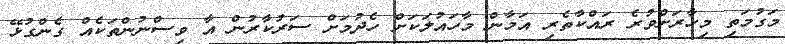
މަގުމަތި މިހާރަށްވުރެ ރައްކާތެރި އަމާން މާހައުލަކަށް ހެދުމަށް ސަރުކާރުން އާ ވިސްނުންތަކެއް ގެންގުޅޭ